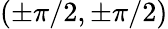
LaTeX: (\pm\pi/2,\pm\pi/2)